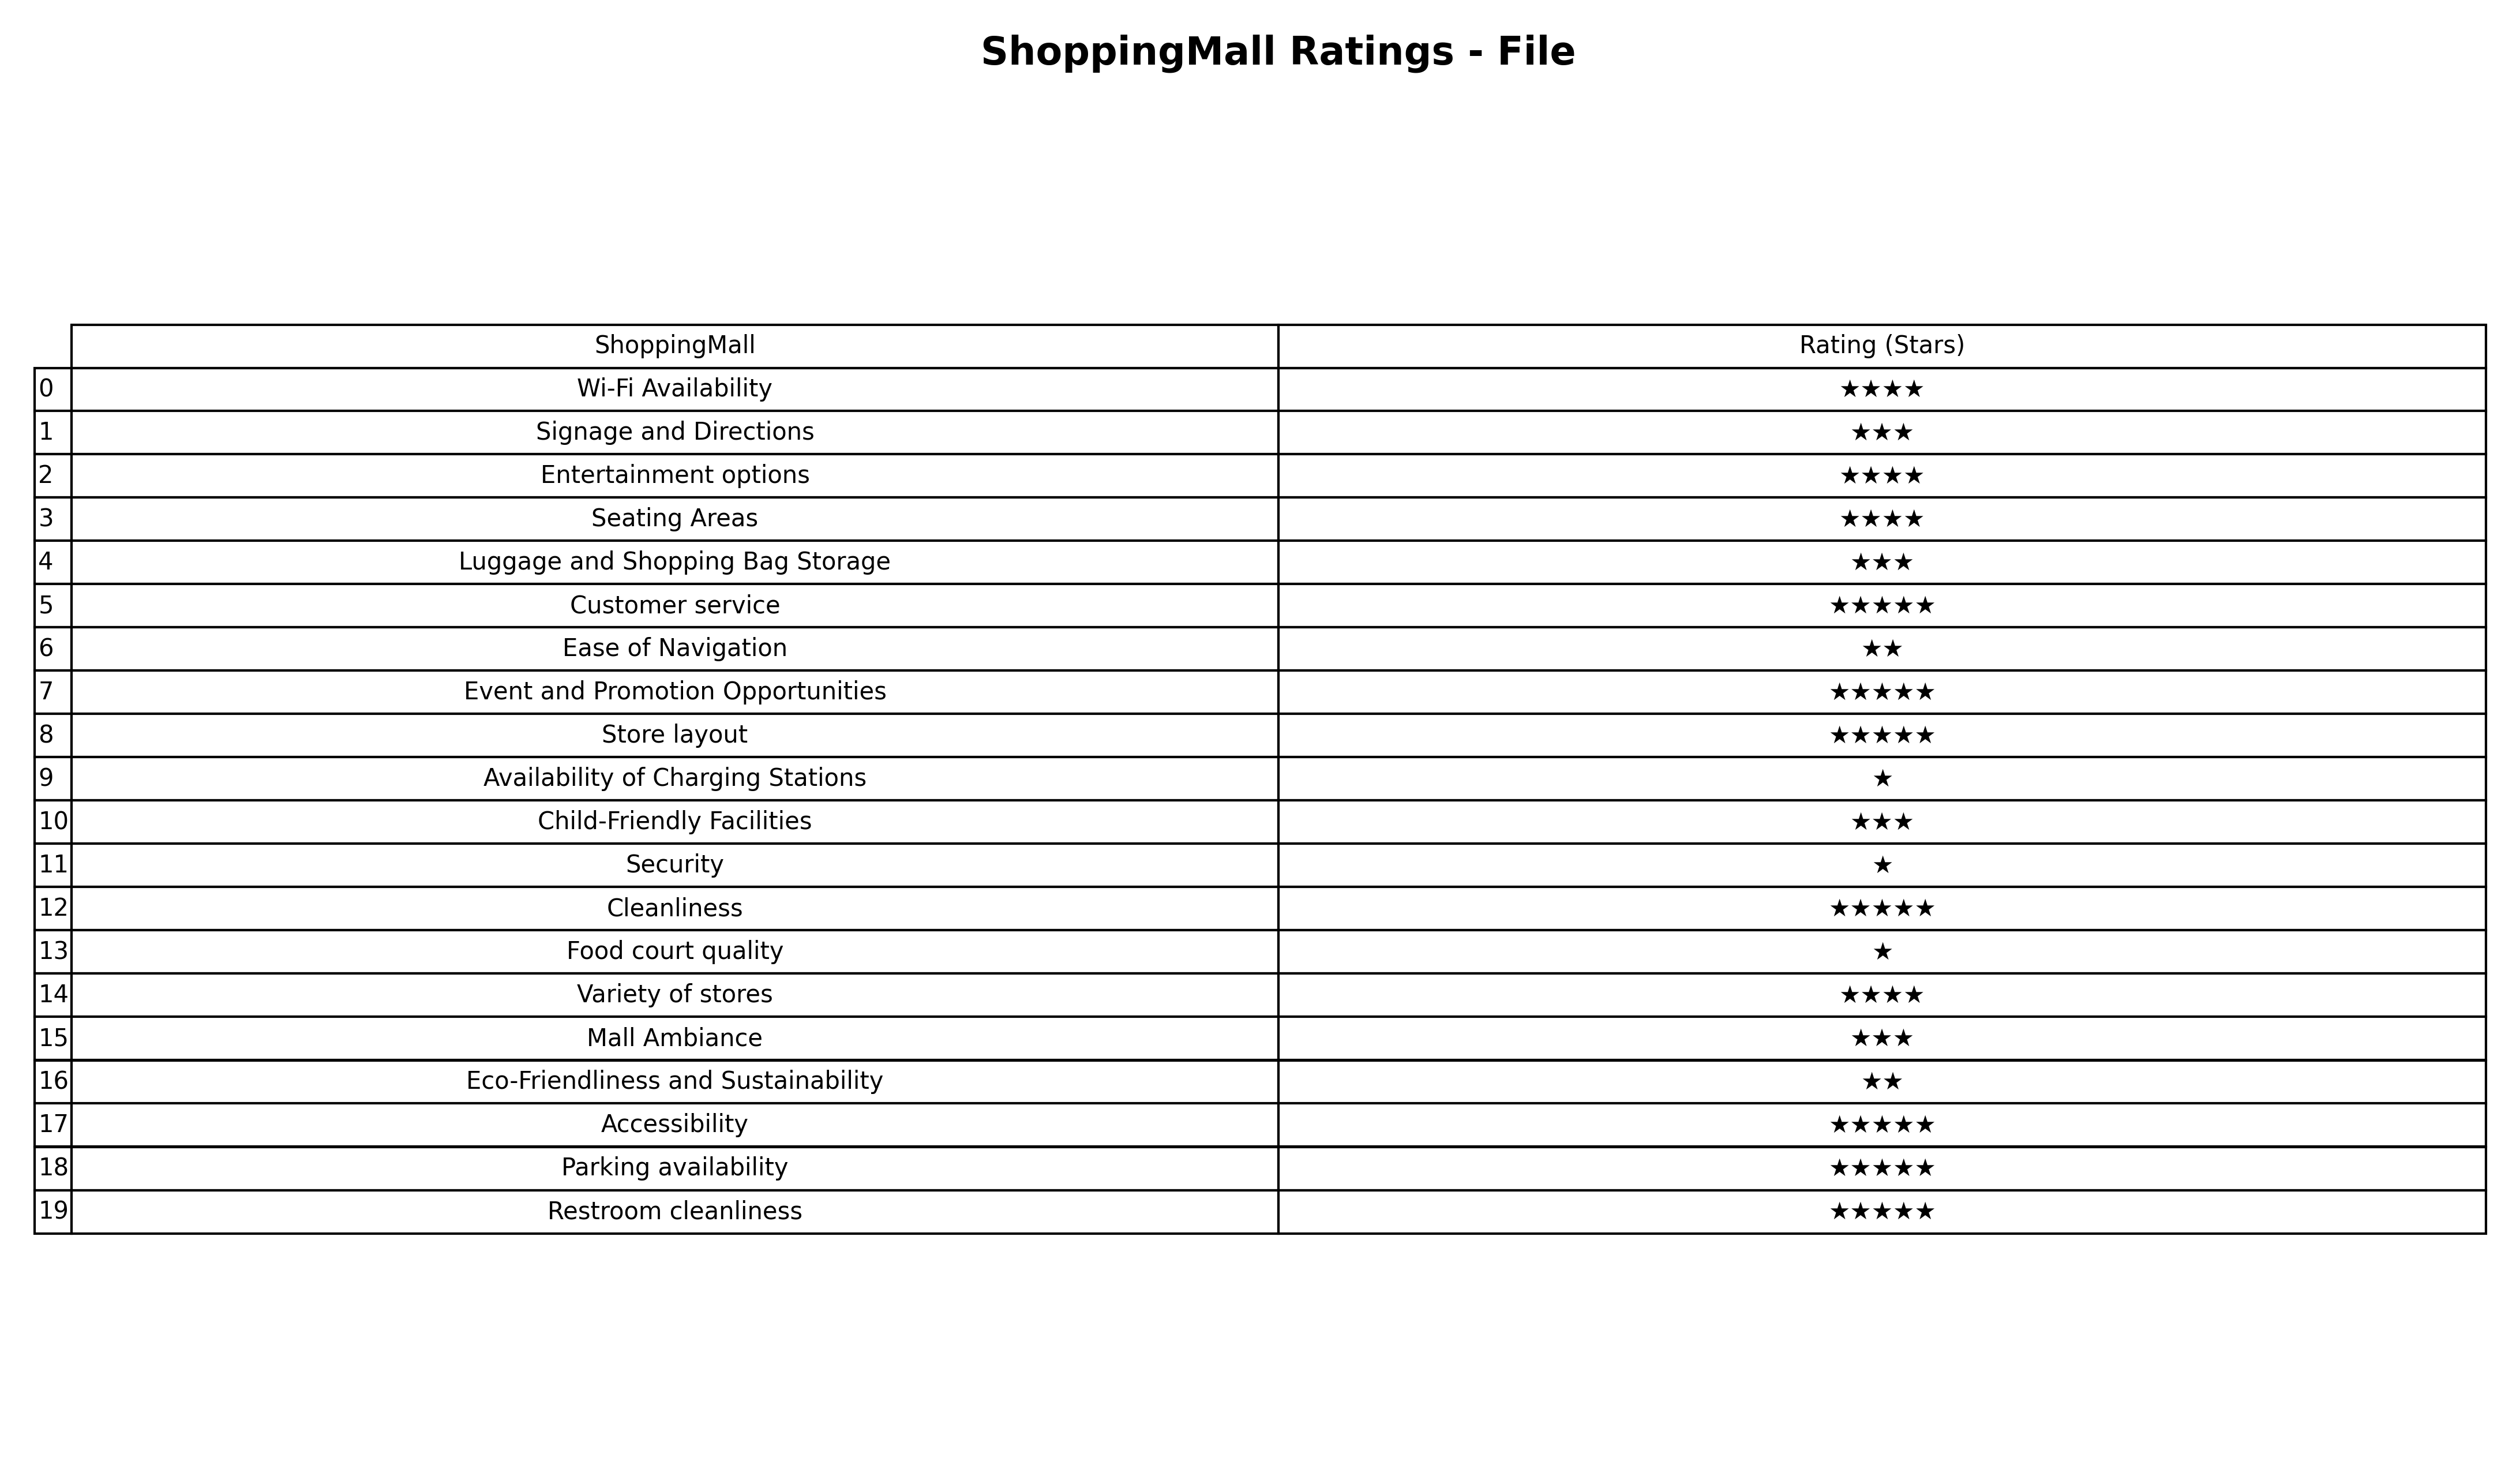
question: What are three star services?
answer: Signage and DirectionsLuggage and Shopping Bag StorageChild-Friendly FacilitiesMall Ambiance